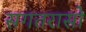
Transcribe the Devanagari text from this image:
सगतरासो